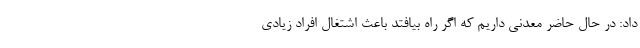
داد: در حال حاضر معدنی داریم که اگر راه بیافتد باعث اشتغال افراد زیادی